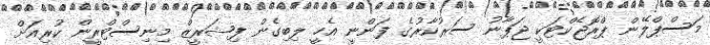
މަސްޕްލޭން ޕްރޮޖެކްޓަކީ ޖަޕާނު ސަރުކާރުގެ ފަންނީ އެހީ ލިބިގެން ފިޝަރީޒް މިނިސްޓްރީން ކުރިއަށް